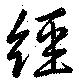
経